Indian journal of veterinary science and animal husbandry - Volume 2,
Year: 1932
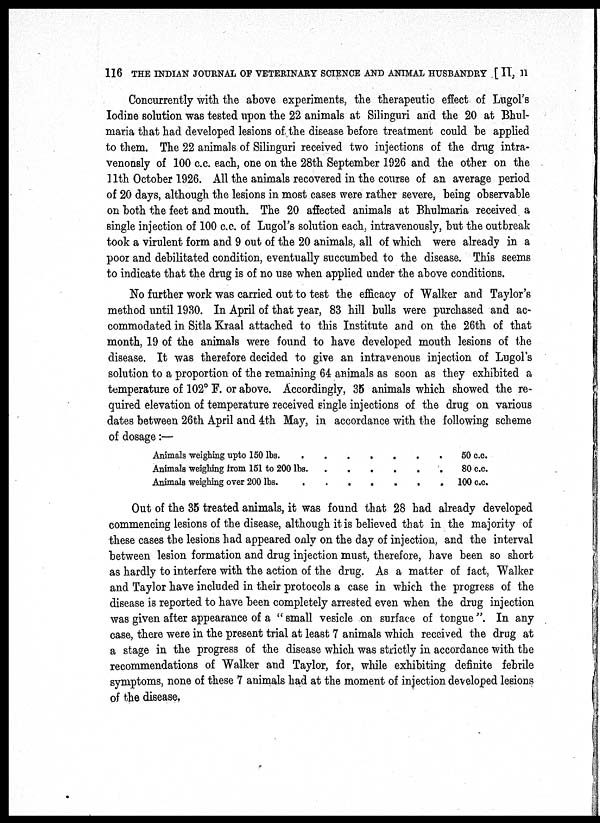
116 THE INDIAN JOURNAL OF VETERINARY SCIENCE AND ANIMAL HUSBANDRY [ II, II
Concurrently with the above experiments, the therapeutic effect of Lugol's
Iodine solution was tested upon the 22 animals at Silinguri and the 20 at Bhul¬
maria that had developed lesions of the disease before treatment could be applied
to them. The 22 animals of Silinguri received two injections of the drug intra-
venously of 100 c.c. each, one on the 28th September 1926 and the other on the
11th October 1926. All the animals recovered in the course of an average period
of 20 days, although the lesions in most cases were rather severe, being observable
on both the feet and mouth. The 20 affected animals at Bhulmaria received a
single injection of 100 c.c. of Lugol's solution each, intravenously, but the outbreak
took a virulent form and 9 out of the 20 animals, all of which were already in a
poor and debilitated condition, eventually succumbed to the disease. This seems
to indicate that the drug is of no use when applied under the above conditions.
No further work was carried out to test the efficacy of Walker and Taylor's
method until 1930. In April of that year, 83 hill bulls were purchased and ac-
commodated in Sitla Kraal attached to this Institute and on the 26th of that
month, 19 of the animals were found to have developed mouth lesions of the
disease. It was therefore decided to give an intravenous injection of Lugol's
solution to a proportion of the remaining 64 animals as soon as they exhibited a
temperature of 102° F. or above. Accordingly, 35 animals which showed the re-
quired elevation of temperature received single injections of the drug on various
dates between 26th April and 4th May, in accordance with the following scheme
of dosage:—
Animals weighing upto 150 lbs. . .
Animals weighing from 151 to 200 lbs. .
Animals weighing over 200 lbs. .
. .
.
.
. .
.
.
.
.
. .
. 50 c.c.
. 80 c.c.
.
100 c.c.
Out of the 35 treated animals, it was found that 28 had already developed
commencing lesions of the disease, although it is believed that in the majority of
these cases the lesions had appeared only on the day of injection, and the interval
between lesion formation and drug injection must, therefore, have been so short
as hardly to interfere with the action of the drug. As a matter of fact, Walker
and Taylor have included in their protocols a case in which the progress of the
disease is reported to have been completely arrested even when the drug injection
was given after appearance of a " small vesicle on surface of tongue ". In any
case, there were in the present trial at least 7 animals which received the drug at
a stage in the progress of the disease which was strictly in accordance with the
recommendations of Walker and Taylor, for, while exhibiting definite febrile
symptoms, none of these 7 animals had at the moment of injection developed lesions
of the disease.